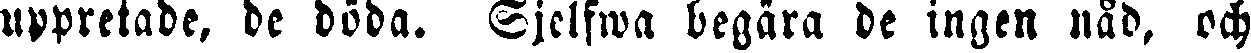
uppretade, de döda. Sjelfwa begära de ingen nåd, och